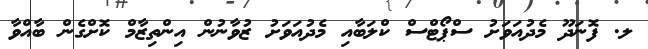
ލ. ފޮނަދޫ މެދުއަވަށު ސްޕޯޓްސް ކްލަބާއި މެދުއަވަށު ޒުވާނުން އިންތިޒާމް ކޮށްގެން ބާއްވާ